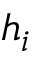
h _ { i }